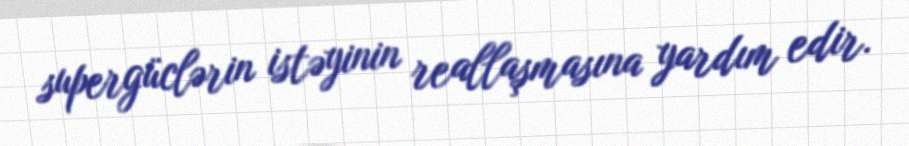
supergüclərin istəyinin reallaşmasına yardım edir.